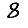
Digit: 8